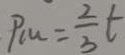
P _ { m } = \frac { 2 } { 3 } t